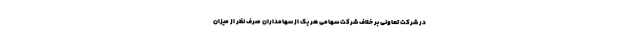
در شرکت تعاونی بر خلاف شرکت سهامی هر یک از سهامداران صرف نظر از میزان